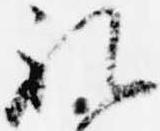
礼